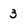
Character: 3